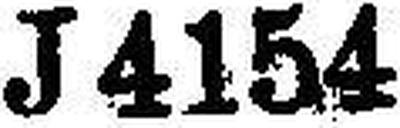
J4154